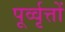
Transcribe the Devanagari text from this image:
पूर्व्वृत्तों